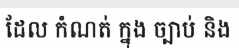
ដែល កំណត់ ក្នុង ច្បាប់ និង